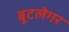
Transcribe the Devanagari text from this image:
बूटलेगर